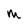
Character: m